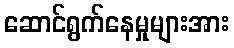
ဆောင်ရွက်နေမှုများအား